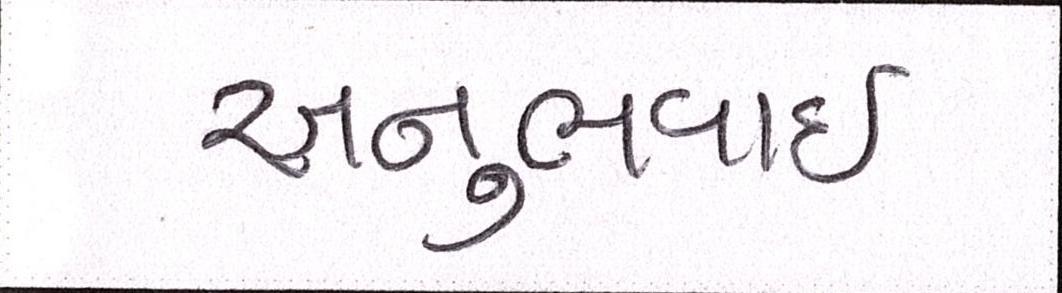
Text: અનુભવાઇ